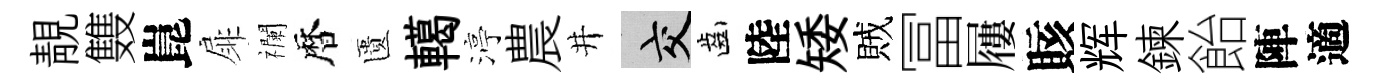
靚䨇崑扉襴暦匱轕渟農井交齒陸矮賊冨屨賅辉鍊飴陣適